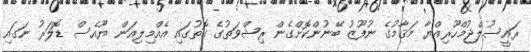
ރައީސުލްޖުމްހޫރިއްޔާ މަޤާމުގެ ނުފޫޒު ބޭނުންކޮށްގެން ރިޝްވަތުގެ ގޮތުގައި އެއްމިލިއަން ޔޫއެސް ޑޮލަރު ނަގައި